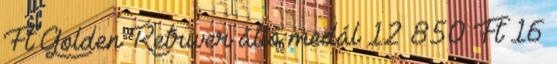
Ft Golden Retriver álló medál 12 850 Ft 16